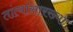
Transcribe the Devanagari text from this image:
तांत्यांसारख्या